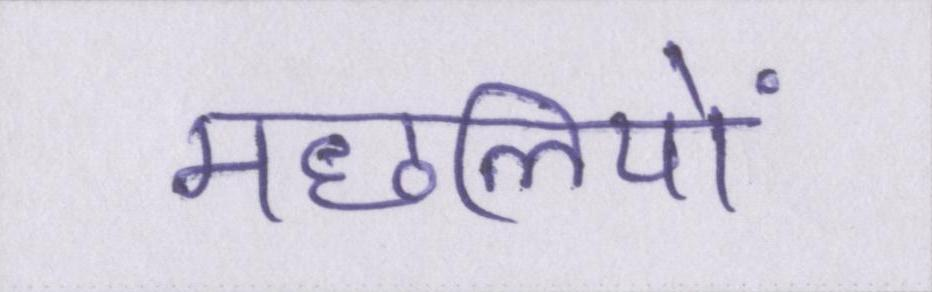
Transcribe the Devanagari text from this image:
मछलियों